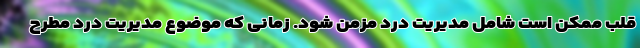
قلب ممکن است شامل مدیریت درد مزمن شود. زمانی که موضوع مدیریت درد مطرح